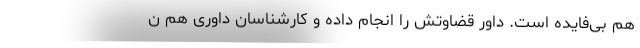
هم بی‌فایده است. داور قضاوتش را انجام داده و کارشناسان داوری هم ن